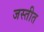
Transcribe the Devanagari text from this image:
जस्तीत